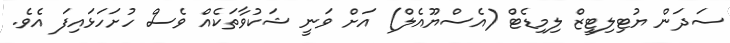
ސަދަން ޔުޓިލިޓީޒް ލިމިޑެޓް (އެސްޔޫއެލް) އަށް ވަނީ ޝަކުވާތަކެއް ވެސް ހުށަހަޅައިފަ އެވެ.